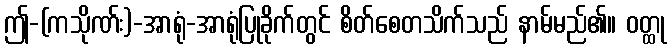
ဤ-(ကသိုဏ်း)-အာရုံ-အာရုံပြုခိုက်တွင် စိတ်စေတသိက်သည် နာမ်မည်၏။ ဝတ္ထု